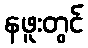
နဖူးတွင်